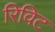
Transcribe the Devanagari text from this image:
रिविट